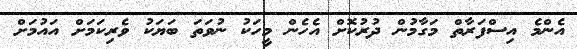
އެންމެ އިސްފަރާތް މަގާމުން ދުރުކޮށް އެހެން މީހަކު ނުވަތަ ބަޔަކު ވެރިކަމަށް އައުމަށް